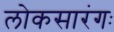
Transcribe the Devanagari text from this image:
लोकसारंगः